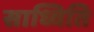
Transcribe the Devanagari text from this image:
साध्विति